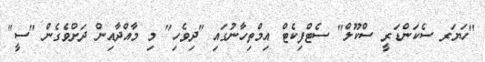
"ހަޔަރ ސެކަންޑަރީ ސްކޫލް" ސެޓްފިކެޓް އިމްތިހާނުގައި "ދިވެހި" މި މާއްދާއިން ދަށްވެެގެން "ސީ"